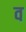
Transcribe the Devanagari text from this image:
व